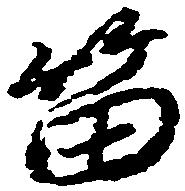
笛